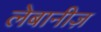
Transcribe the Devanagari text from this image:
लेबानीज़